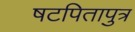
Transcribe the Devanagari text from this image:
षटपितापुत्र